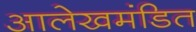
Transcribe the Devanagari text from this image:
आलेखमंडित